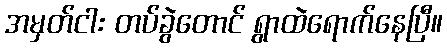
အမှတ်ငါး တပ်ခွဲတောင် ရွာထဲရောက်နေပြီ။